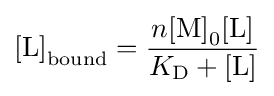
{[\mathrm {L} ]}_{\text{bound}}={\frac {n{[\mathrm {M} ]}_{0}{[\mathrm {L} ]}}{K_{\mathrm {D} }+{[\mathrm {L} ]}}}